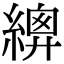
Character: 𦃍